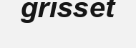
grisset